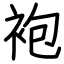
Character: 袍